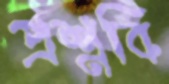
প্রশ্নবি